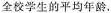
全校学生的平均年龄.